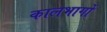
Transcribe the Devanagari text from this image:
कालभागों